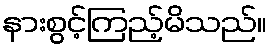
နားစွင့်ကြည့်မိသည်။